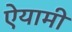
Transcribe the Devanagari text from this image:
ऐयामी